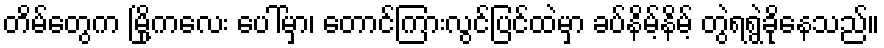
တိမ်တွေက မြို့ကလေး ပေါ်မှာ၊ တောင်ကြားလွင်ပြင်ထဲမှာ ခပ်နိမ့်နိမ့် တွဲရရွဲခိုနေသည်။